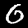
Label: 0